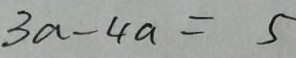
3 a - 4 a = 5